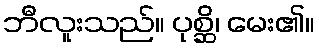
ဘီလူးသည်။ ပုစ္ဆိ၊ မေး၏။